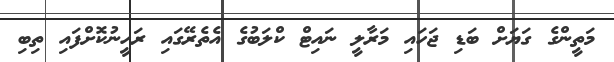
މަތީންގެ ގަޔަށް ބަޑި ޖަހައި މަރާލީ ނައިޓް ކްލަބުގެ އެތެރޭގައި ރަހީނުކޮށްފައި ތިބި